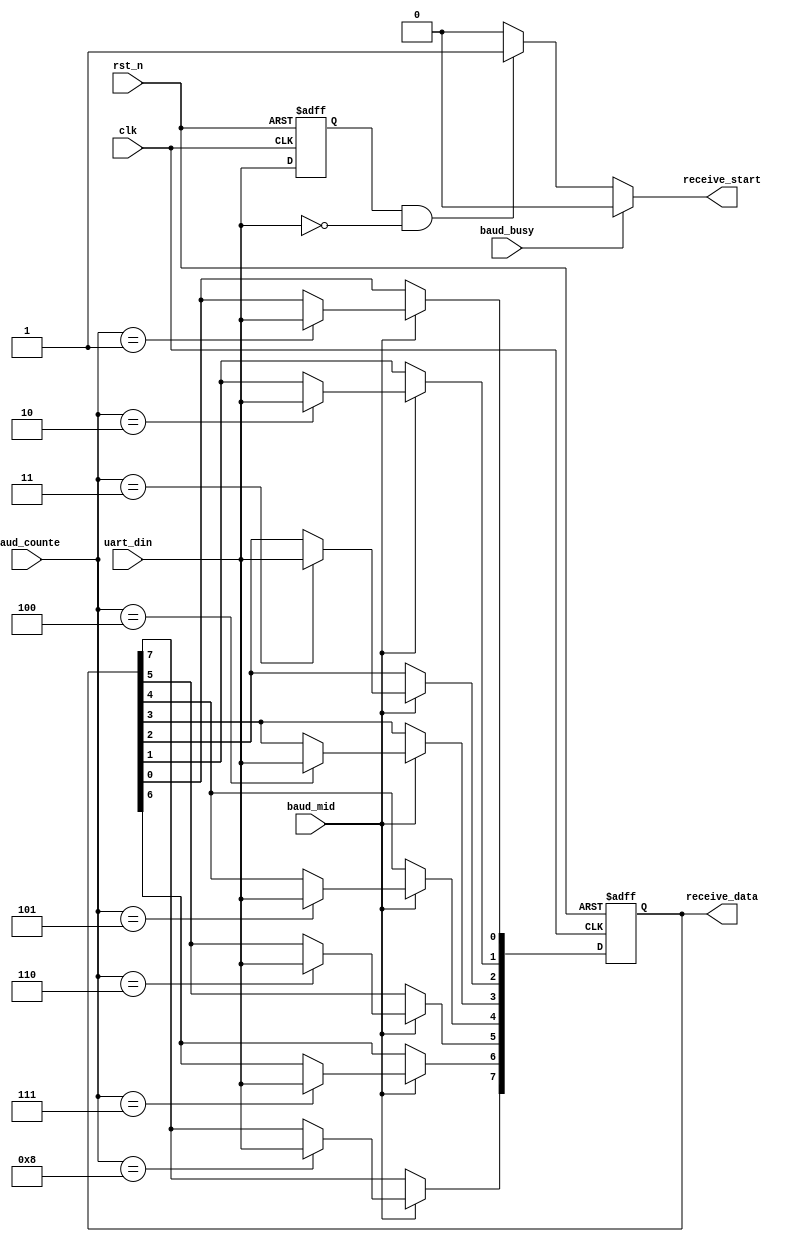
module uart_receive (
	input clk,    // Clock
	input rst_n,  // Asynchronous reset active low

	output reg receive_start,

	input baud_mid,
	input baud_busy,
	input [3:0]baud_counte,

	output reg [7:0]receive_data,
	input uart_din
);

// generate "start" of baud
reg uart_din_delay;
always @ (posedge clk or negedge rst_n) begin
	if(~rst_n) begin
		uart_din_delay <= 'b0;
	end else begin
		uart_din_delay <= uart_din;
	end
end

always @ (*) begin
	if(baud_busy) begin
		receive_start = 'b0;
	end else if((uart_din_delay == 1'b1) && (uart_din == 1'b0)) begin
		receive_start = 1'b1;
	end else begin
		receive_start = 'b0;
	end
end

// data flow
always @ (posedge clk or negedge rst_n) begin
	if(~rst_n) begin
		receive_data <= 'b0;
	end else if(baud_mid) begin
		case (baud_counte)
			4'd1:receive_data[0] <= uart_din;
			4'd2:receive_data[1] <= uart_din;
			4'd3:receive_data[2] <= uart_din;
			4'd4:receive_data[3] <= uart_din;
			4'd5:receive_data[4] <= uart_din;
			4'd6:receive_data[5] <= uart_din;
			4'd7:receive_data[6] <= uart_din;
			4'd8:receive_data[7] <= uart_din;
			default:receive_data <= receive_data;
		endcase
	end
end

endmodule